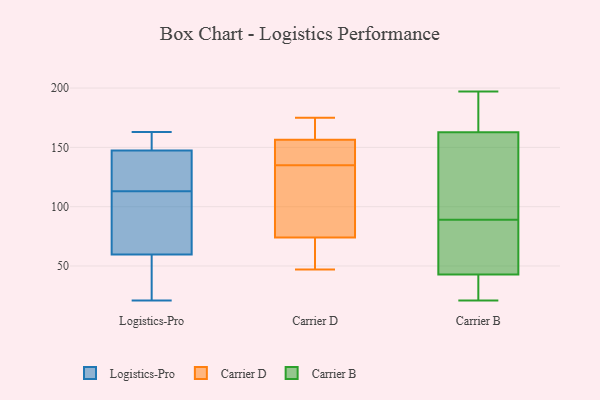
{"axis": {"x": "Operating Costs (USD K)", "y": "Value"}, "legend": ["Carrier B", "Carrier D", "Logistics-Pro"], "data": [{"x": "", "y": 21, "type": "Logistics-Pro"}, {"x": "", "y": 128, "type": "Logistics-Pro"}, {"x": "", "y": 151, "type": "Logistics-Pro"}, {"x": "", "y": 65, "type": "Logistics-Pro"}, {"x": "", "y": 113, "type": "Logistics-Pro"}, {"x": "", "y": 135, "type": "Logistics-Pro"}, {"x": "", "y": 145, "type": "Logistics-Pro"}, {"x": "", "y": 163, "type": "Logistics-Pro"}, {"x": "", "y": 45, "type": "Logistics-Pro"}, {"x": "", "y": 146, "type": "Logistics-Pro"}, {"x": "", "y": 159, "type": "Logistics-Pro"}, {"x": "", "y": 47, "type": "Logistics-Pro"}, {"x": "", "y": 160, "type": "Logistics-Pro"}, {"x": "", "y": 92, "type": "Logistics-Pro"}, {"x": "", "y": 22, "type": "Logistics-Pro"}, {"x": "", "y": 64, "type": "Logistics-Pro"}, {"x": "", "y": 105, "type": "Logistics-Pro"}, {"x": "", "y": 128, "type": "Carrier D"}, {"x": "", "y": 161, "type": "Carrier D"}, {"x": "", "y": 53, "type": "Carrier D"}, {"x": "", "y": 166, "type": "Carrier D"}, {"x": "", "y": 142, "type": "Carrier D"}, {"x": "", "y": 80, "type": "Carrier D"}, {"x": "", "y": 175, "type": "Carrier D"}, {"x": "", "y": 114, "type": "Carrier D"}, {"x": "", "y": 152, "type": "Carrier D"}, {"x": "", "y": 143, "type": "Carrier D"}, {"x": "", "y": 68, "type": "Carrier D"}, {"x": "", "y": 47, "type": "Carrier D"}, {"x": "", "y": 180, "type": "Carrier B"}, {"x": "", "y": 75, "type": "Carrier B"}, {"x": "", "y": 99, "type": "Carrier B"}, {"x": "", "y": 192, "type": "Carrier B"}, {"x": "", "y": 21, "type": "Carrier B"}, {"x": "", "y": 176, "type": "Carrier B"}, {"x": "", "y": 39, "type": "Carrier B"}, {"x": "", "y": 60, "type": "Carrier B"}, {"x": "", "y": 34, "type": "Carrier B"}, {"x": "", "y": 123, "type": "Carrier B"}, {"x": "", "y": 197, "type": "Carrier B"}, {"x": "", "y": 45, "type": "Carrier B"}, {"x": "", "y": 107, "type": "Carrier B"}, {"x": "", "y": 42, "type": "Carrier B"}, {"x": "", "y": 89, "type": "Carrier B"}]}